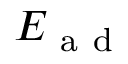
E _ { \mathrm { ~ a ~ d ~ } }